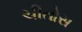
ચીતોસ